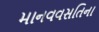
માનવવસતિના